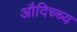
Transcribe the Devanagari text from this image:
औदिच्च्य